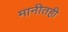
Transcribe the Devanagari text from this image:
मानीतही